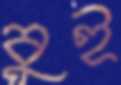
বুই